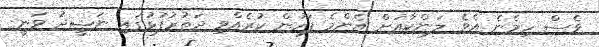
ވެސް ހިމެނެ އެވެ. ލަންކާއަށް އެންމެ ފަހުން ކުރެއްވި ދަތުރުފުޅުގައި ނަޝީދު ވަނީ